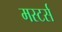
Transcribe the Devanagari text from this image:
मस्टर्स